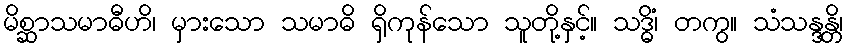
မိစ္ဆာသမာဓီဟိ၊ မှားသော သမာဓိ ရှိကုန်သော သူတို့နှင့်။ သဒ္ဓိံ၊ တကွ။ သံသန္ဒန္တိ၊